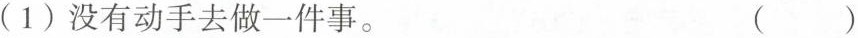
(1)没有动手去做一件事。 ( )